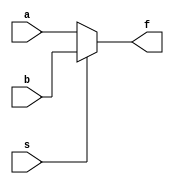
module mux2to1 (input [15:0] a, b,
		input s,
		output reg [15:0] f);

always@(*)
	if (s == 1'b0)
		f = a;
	else
		f = b;

endmodule